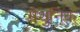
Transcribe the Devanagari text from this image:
मैथुनिक